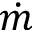
\dot { m }